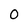
Character: 0